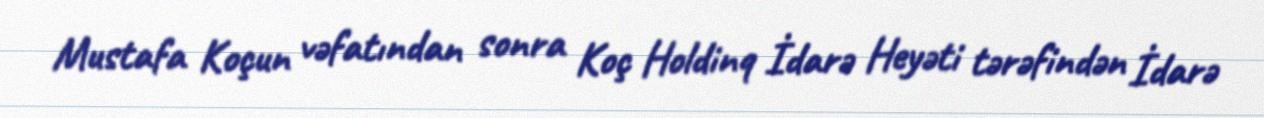
Mustafa Koçun vəfatından sonra Koç Holdinq İdarə Heyəti tərəfindən İdarə